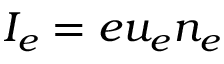
I _ { e } = e u _ { e } n _ { e }